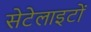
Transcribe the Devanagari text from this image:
सेटेलाइटों